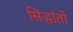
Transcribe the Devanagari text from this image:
सिंद्धांतों